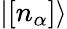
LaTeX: |[n_{\alpha}]\rangle